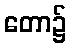
တော၌